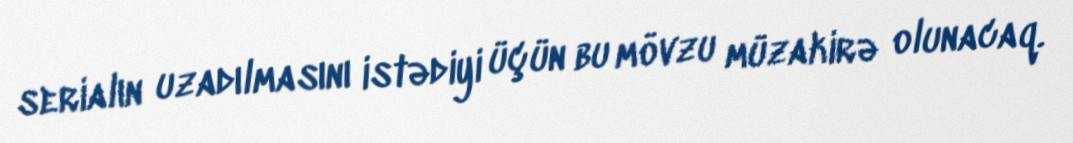
serialın uzadılmasını istədiyi üçün bu mövzu müzakirə olunacaq.